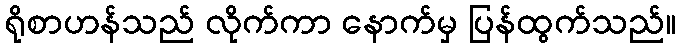
ရိုစာဟန်သည် လိုက်ကာ နောက်မှ ပြန်ထွက်သည်။